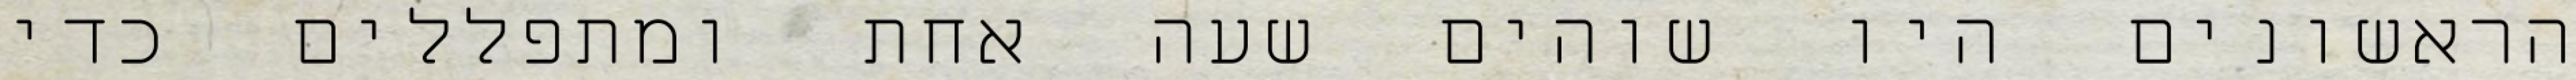
הראשונים היו שוהים שעה אחת ומתפללים כדי